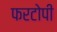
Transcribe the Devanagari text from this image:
फरटोपी